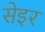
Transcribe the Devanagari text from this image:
सेइर